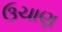
ઉચાણ